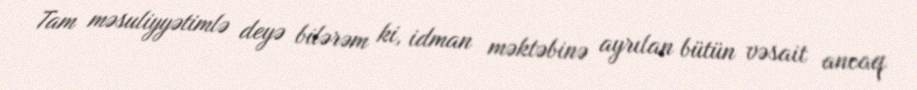
Tam məsuliyyətimlə deyə bilərəm ki, idman məktəbinə ayrılan bütün vəsait ancaq